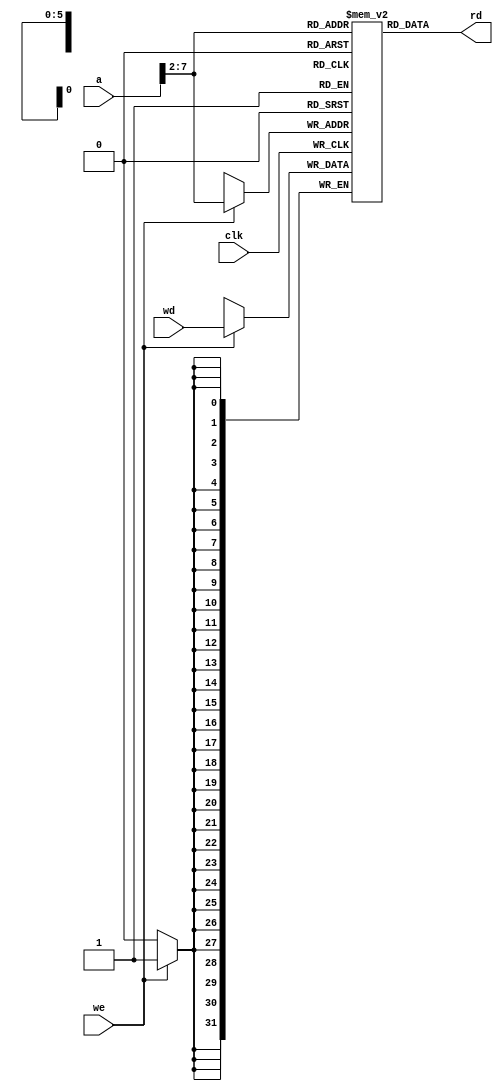
//------------------------------------------------
// mipsmemsingle.v
// External memories used by MIPS single-cycle
//------------------------------------------------

module dmem(input         clk, we,
            input  [31:0] a, wd,
            output [31:0] rd);

  reg  [31:0] RAM[63:0];

  assign rd = RAM[a[31:2]]; // word aligned

  always @(posedge clk)
    if (we)
      RAM[a[31:2]] <= wd;
endmodule

module imem(input  [5:0] a,
            output [31:0] rd);

  reg  [31:0] RAM[63:0];

  initial
    begin
      $readmemh("memfile.dat",RAM);
    end

  assign rd = RAM[a]; // word aligned
endmodule